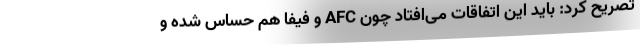
تصریح کرد: باید این اتفاقات می‌افتاد چون AFC و فیفا هم حساس شده و